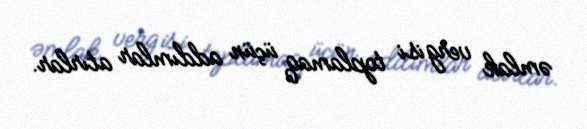
əmlak vergisi toplamaq üçün addımlar atırlar.